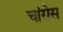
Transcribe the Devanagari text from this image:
चांसेस